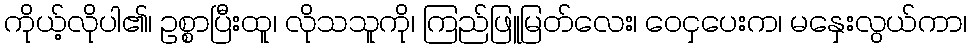
ကိုယ့်လိုပါ၏၊ ဥစ္စာပြီးထူ၊ လိုသသူကို၊ ကြည်ဖြူမြတ်လေး၊ ဝေငှပေးက၊ မနှေးလွယ်ကာ၊